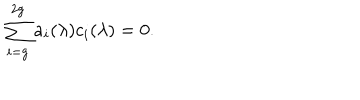
LaTeX: \sum _ { i = g } ^ { 2 g } a _ { i } ( \lambda ) c _ { i } ( \lambda ) = 0 .